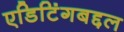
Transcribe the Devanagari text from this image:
एडिटिंगबद्दल